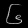
Digit: ၆